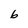
Character: 6